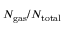
N _ { \mathrm { g a s } } / N _ { \mathrm { t o t a l } }